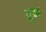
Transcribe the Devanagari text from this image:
तुक्क